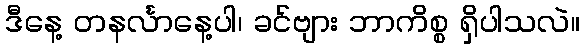
ဒီနေ့ တနင်္လာနေ့ပါ၊ ခင်ဗျား ဘာကိစ္စ ရှိပါသလဲ။